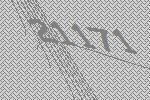
21171